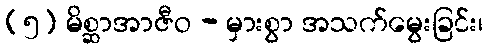
(၅) မိစ္ဆာအာဇီဝ - မှားစွာ အသက်မွေးခြင်း၊